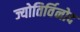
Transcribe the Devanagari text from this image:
ज्योतिर्विनोद